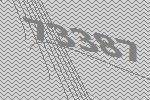
73387